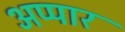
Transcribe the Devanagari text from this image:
अप्पार